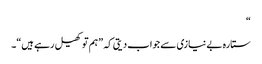
“
ستارہ بے نیازی سے جواب دیتی کہ ”ہم تو کھیل رہے ہیں“۔